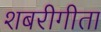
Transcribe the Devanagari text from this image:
शबरीगीता